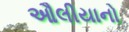
ઔલીયાનો